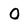
Character: O